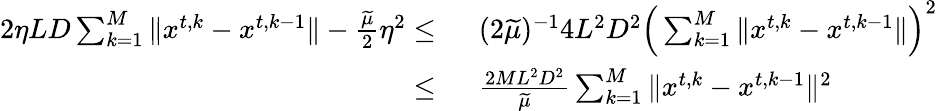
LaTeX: \begin{array}{rl}{2\eta LD\sum_{k=1}^{M}\| {x}^{t,k}-{x}^{t,k-1}\| -\frac{\widetilde\mu}{2}\eta^{2}\le\ }&{(2\widetilde\mu)^{-1}4L^{2}D^{2}\Big(\sum_{k=1}^{M}\| {x}^{t,k}-{x}^{t,k-1}\| \Big)^{2}}\\ {\le\ }&{\frac{2ML^{2}D^{2}}{\widetilde\mu}\sum_{k=1}^{M}\| {x}^{t,k}-{x}^{t,k-1}\| ^{2}}\end{array}